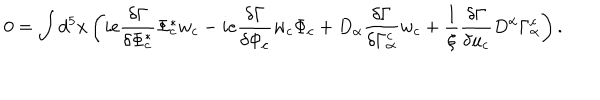
0 = \int d ^ { 5 } x \left( i e \frac { \delta \Gamma } { \delta \Phi _ { c } ^ { * } } \Phi _ { c } ^ { * } w _ { c } - i e \frac { \delta \Gamma } { \delta \Phi _ { c } } w _ { c } \Phi _ { c } + D _ { \alpha } \frac { \delta \Gamma } { \delta \Gamma _ { \alpha } ^ { c } } w _ { c } + \frac { 1 } { \xi } \frac { \delta \Gamma } { \delta u _ { c } } D ^ { \alpha } \Gamma _ { \alpha } ^ { c } \right) .